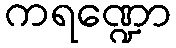
ကရဏ္ဍော